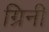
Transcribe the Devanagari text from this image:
ग्रिनी